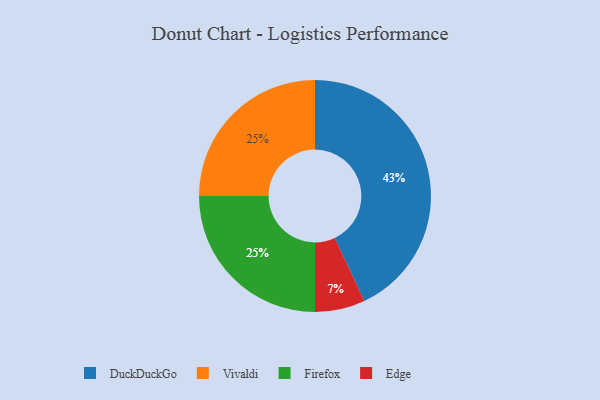
{"axis": {"x": "Category", "y": "Percentage"}, "legend": ["DuckDuckGo", "Edge", "Firefox", "Vivaldi"], "data": [{"x": "DuckDuckGo", "y": 43, "type": "DuckDuckGo"}, {"x": "Edge", "y": 7, "type": "Edge"}, {"x": "Vivaldi", "y": 25, "type": "Vivaldi"}, {"x": "Firefox", "y": 25, "type": "Firefox"}]}